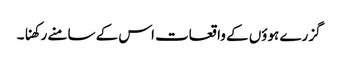
گزرے ہوؤں کے واقعات اس کے سامنے رکھنا۔